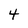
Character: 4